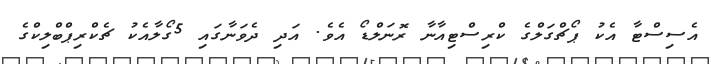
އެސިސްޓާ އެކު ޕޯޗްގަލްގެ ކްރިސްޓިއާނާ ރޮނަލްޑޯ އެވެ. އަދި ދެވަނާގައި 5ގޯލާއެކު ޗެކްރިޕްބްލިކްގެ